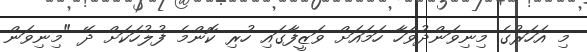
މި އަހަރުގެ މިނިވަންދުވަހާ ހަމައަށް ވަޒީފާގައި ހުރި ކޮންމެ ފުލުހަކަށް ދޭ "މިނިވަން